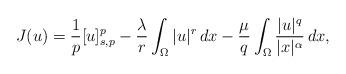
LaTeX: \begin{align*}J(u)=\frac{1}{p}[u]_{s,p}^p-\frac{\lambda}{r}\int_\Omega|u|^r\, dx-\frac{\mu}{q}\int_{\Omega}\frac{|u|^q}{|x|^\alpha}\, dx,\end{align*}